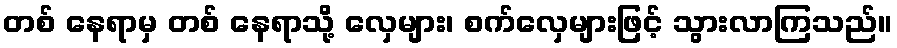
တစ် နေရာမှ တစ် နေရာသို့ လှေများ၊ စက်လှေများဖြင့် သွားလာကြသည်။